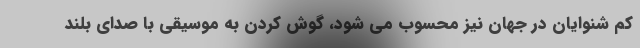
کم شنوایان در جهان نیز محسوب می شود، گوش کردن به موسیقی با صدای بلند